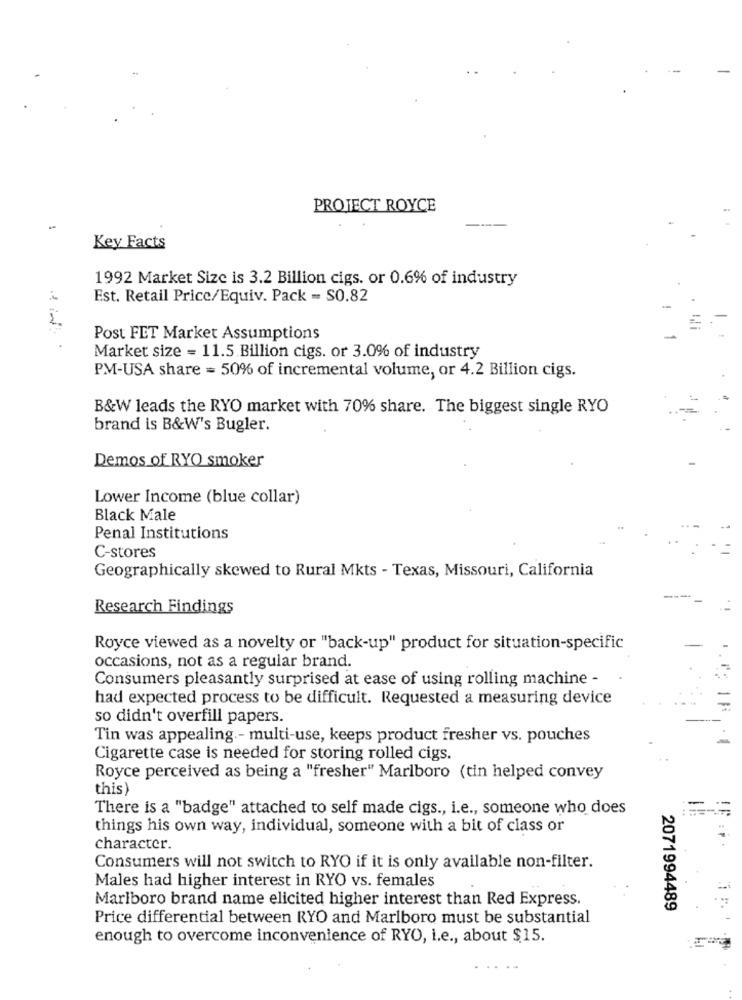
PROJECT ROYCE
-
Key Facts
1992 Market Size is 3.2 Billion cigs. or 0.6% of industry
Est. Retail Price/Equiv. Pack - S0.82
Post FET Market Assumptions
Market size = 11.5 Billion cigs. or 3.0% of industry
PM-USA share = 50% of incremental volume, or 4.2 Billion cigs.
B&W leads the RYO market with 70% share. The biggest single RYO
brand is B&W's Bugler.
Demos of RYO smoker
Lower Income (blue collar)
Black Male
Penal Institutions
C-stores
Geographically skewed to Rural Mkts - Texas, Missouri, California
Research Findings
Royce viewed as a novelty or "back-up" product for situation-specific
occasions, not as a regular brand.
Consumers pleasantly surprised at ease of using rolling machine -
had expected process to be difficult. Requested a measuring device
so didn't overfill papers.
Tin was appealing .- multi-use, keeps product fresher vs. pouches
Cigarette case is needed for storing rolled cigs.
Royce perceived as being a "fresher" Marlboro (tin helped convey
this)
There is a "badge" attached to self made cigs ., i.e ., someone who does
things his own way, individual, someone with a bit of class or
character.
Consumers will not switch to RYO if it is only available non-filter.
Males had higher interest in RYO vs. females
Marlboro brand name elicited higher interest than Red Express.
2071994489
Price differential between RYO and Marlboro must be substantial
enough to overcome inconvenience of RYO, i.e ., about $15.